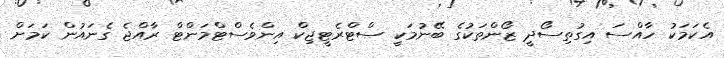
އެކަމަކު ހާއްސަ އިގުތިސޯދީ ޒޯންތަކުގެ ބޭނުމަކީ ސްޓްރެޓީޖިކް އިންވެސްޓްމަންޓް ރާއްޖެ ގެނައުން ކަމަށް